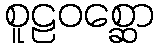
စူဠဝစ္ဆော